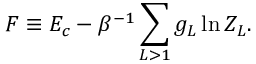
F \equiv E _ { c } - \beta ^ { - 1 } \sum _ { L > 1 } g _ { L } \ln Z _ { L } .